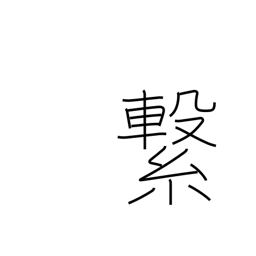
Meaning: tie